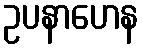
ဥပနာဟေန